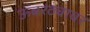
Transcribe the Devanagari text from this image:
ऊंबरठ्यावर